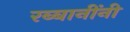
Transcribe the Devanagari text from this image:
रब्बानींनी